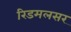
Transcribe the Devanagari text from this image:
रिडमलसर